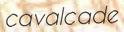
cavalcade